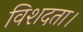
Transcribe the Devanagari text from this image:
विशदता।